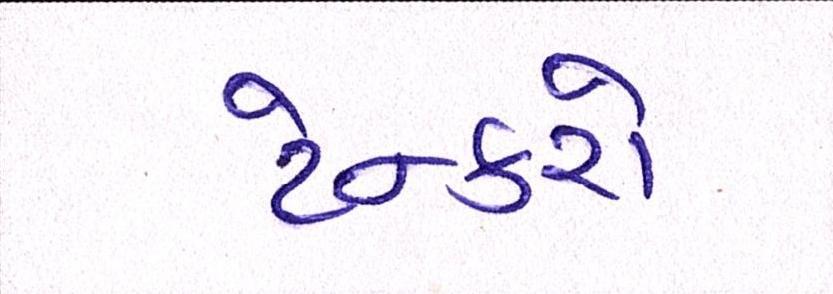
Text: ટેન્કરો